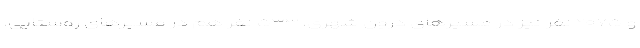
و ۲۰۷۵ نفر نیز در مسیرهای درون شهری، ۵۳۳ نفر هم در مسیرهای روستایی،